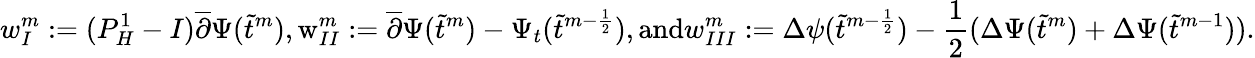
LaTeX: w_{I}^{m}:=(P_{H}^{1}-I)\overline{{\partial}}\Psi(\widetilde{t}^{m}),\textrm w_{II}^{m}:=\overline{{\partial}}\Psi(\widetilde{t}^{m})-\Psi_{t}(\widetilde{t}^{m-\frac{1}{2}}),\textrm{and}w_{III}^{m}:=\Delta\psi(\widetilde{t}^{m-\frac{1}{2}})-\frac{1}{2}(\Delta\Psi(\widetilde{t}^{m})+\Delta\Psi(\widetilde{t}^{m-1})).